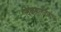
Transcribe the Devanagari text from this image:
विवाहानंतरचा